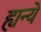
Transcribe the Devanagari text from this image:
ह्यन्ये